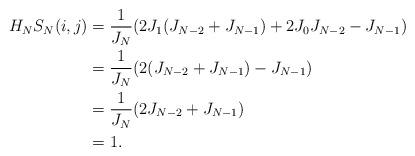
LaTeX: \begin{align*} H_NS_N(i,j)&=\frac{1}{J_N}(2J_1(J_{N-2}+J_{N-1})+2J_0J_{N-2}-J_{N-1})\\ &=\frac{1}{J_N}(2(J_{N-2}+J_{N-1})-J_{N-1})\\ &=\frac{1}{J_N}(2J_{N-2}+J_{N-1})\\ &=1.\end{align*}